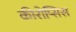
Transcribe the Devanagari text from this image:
कीरोप्सिस